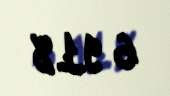
6 918